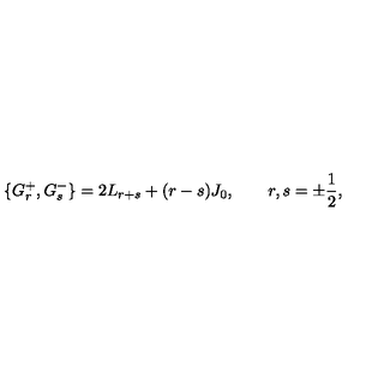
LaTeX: \{ G _ { r } ^ { + } , G _ { s } ^ { - } \} = 2 L _ { r + s } + ( r - s ) J _ { 0 } , \qquad r , s = \pm \frac 1 2 ,